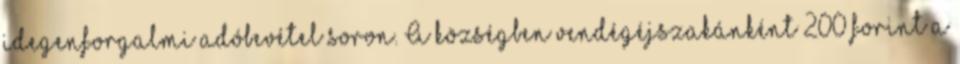
idegenforgalmi adóbevétel soron. A községben vendégéjszakánként 200 forint a